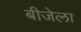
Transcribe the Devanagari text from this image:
बीजेला